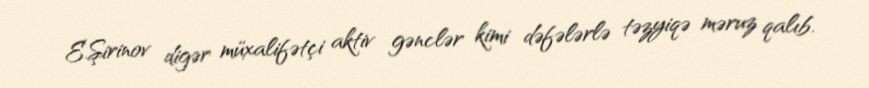
E.Şirinov digər müxalifətçi aktiv gənclər kimi dəfələrlə təzyiqə məruz qalıb.